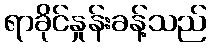
ရာခိုင်နှုန်းခန့်သည်